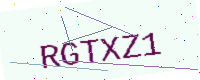
Text: RGTXZ1